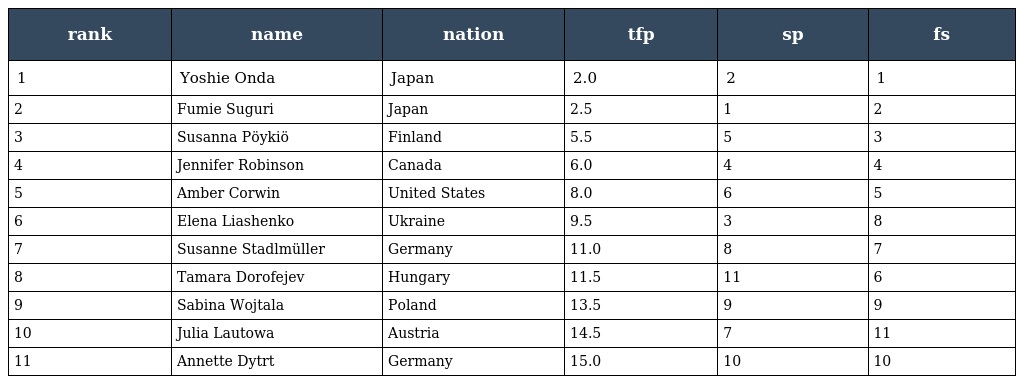
| rank | name | nation | tfp | sp | fs |
 | --- | --- | --- | --- | --- | --- |
 | 1 | Yoshie Onda | Japan | 2.0 | 2 | 1 |
 | 2 | Fumie Suguri | Japan | 2.5 | 1 | 2 |
 | 3 | Susanna Pöykiö | Finland | 5.5 | 5 | 3 |
 | 4 | Jennifer Robinson | Canada | 6.0 | 4 | 4 |
 | 5 | Amber Corwin | United States | 8.0 | 6 | 5 |
 | 6 | Elena Liashenko | Ukraine | 9.5 | 3 | 8 |
 | 7 | Susanne Stadlmüller | Germany | 11.0 | 8 | 7 |
 | 8 | Tamara Dorofejev | Hungary | 11.5 | 11 | 6 |
 | 9 | Sabina Wojtala | Poland | 13.5 | 9 | 9 |
 | 10 | Julia Lautowa | Austria | 14.5 | 7 | 11 |
 | 11 | Annette Dytrt | Germany | 15.0 | 10 | 10 |